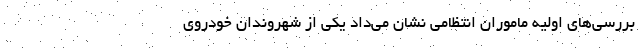
بررسی‌های اولیه ماموران انتظامی نشان می‌داد یکی از شهروندان خودروی